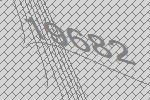
19682